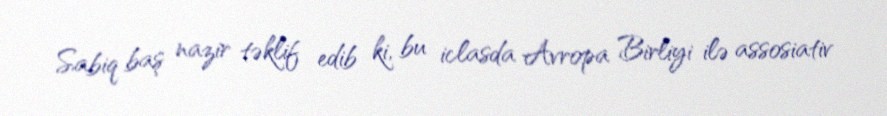
Sabiq baş nazir təklif edib ki, bu iclasda Avropa Birliyi ilə assosiativ